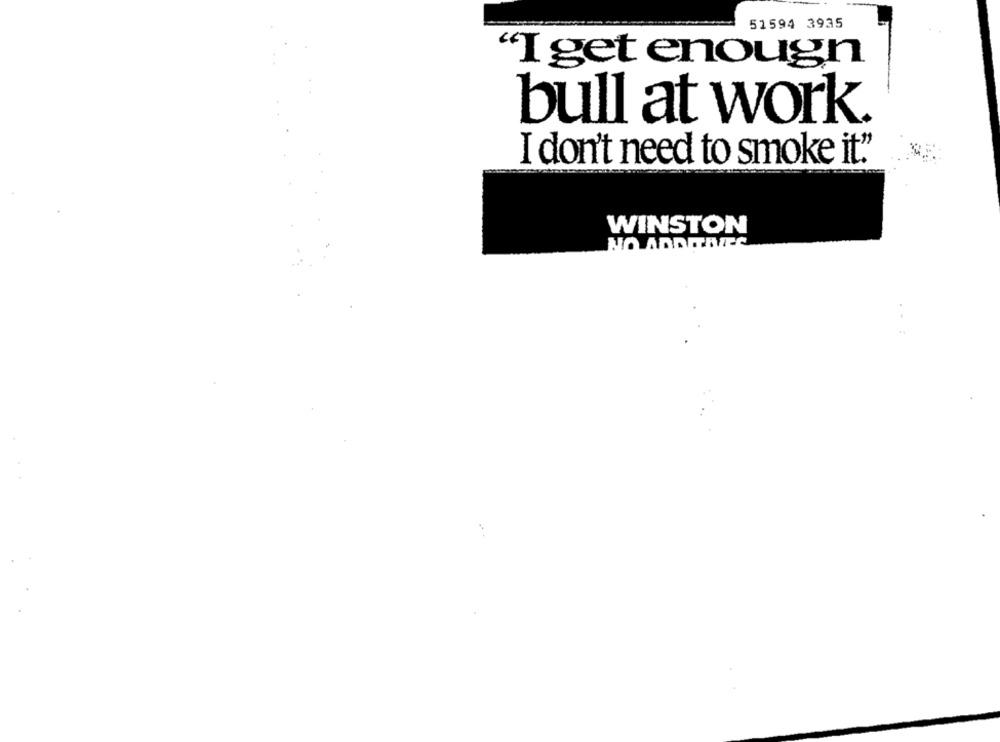
51594 3935
"Iget enough
bull at work.
I don't need to smoke it."
WINSTON
NO ADDITAVEC